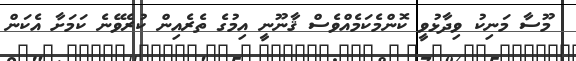
މޫސާ މަނިކު ވިދާޅުވީ ކޮންމެކަމެއްވެސް ޤާނޫނީ އިމުގެ ތެރެއިން ކުރެވޭނެ ކަމަށާ އެކަން